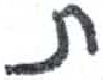
אות: ת